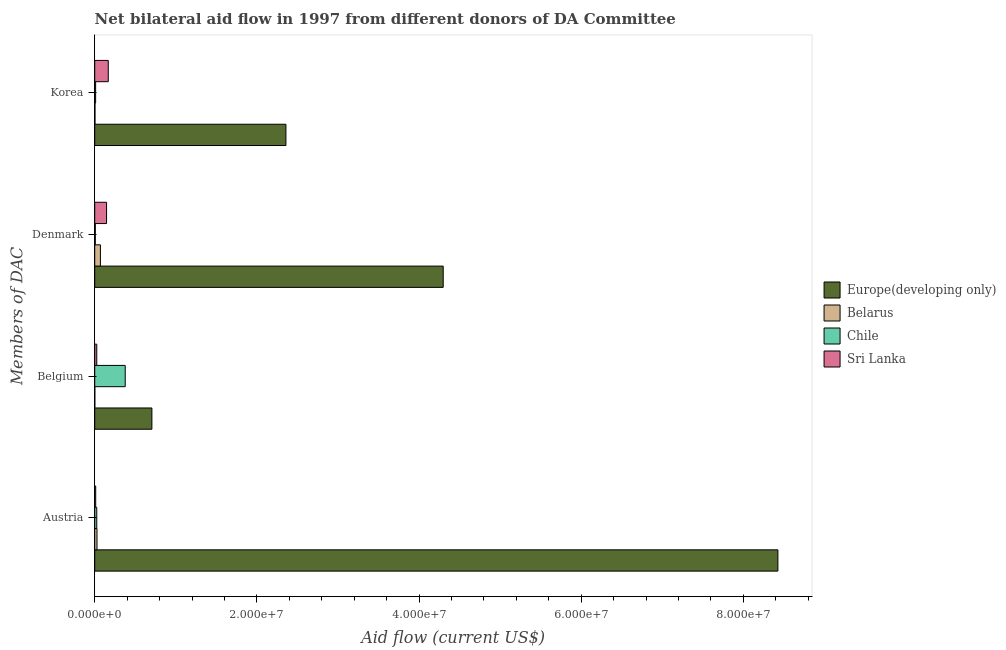
| Members of DAC | Europe(developing only) | Belarus | Chile | Sri Lanka |
 | --- | --- | --- | --- | --- |
 | Austria | 8.43e+07 | 2.8e+05 | 2.5e+05 | 1.2e+05 |
 | Belgium | 7.05e+06 | 1e+04 | 3.76e+06 | 2.5e+05 |
 | Denmark | 4.3e+07 | 7e+05 | 7e+04 | 1.46e+06 |
 | Korea | 2.36e+07 | 3e+04 | 1.1e+05 | 1.67e+06 |